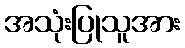
အသုံးပြုသူအား